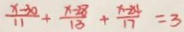
\frac { x - 3 0 } { 1 1 } + \frac { x - 2 8 } { 1 8 } + \frac { x - 2 4 } { 1 7 } = 3